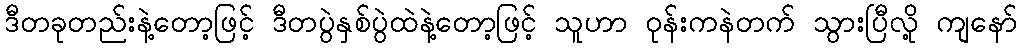
ဒီတခုတည်းနဲ့တော့ဖြင့် ဒီတပွဲနှစ်ပွဲထဲနဲ့တော့ဖြင့် သူဟာ ဝုန်းကနဲတက် သွားပြီလို့ ကျနော်